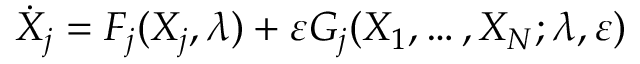
\dot { X } _ { j } = F _ { j } ( X _ { j } , \lambda ) + \varepsilon G _ { j } ( X _ { 1 } , \dots , X _ { N } ; \lambda , \varepsilon )